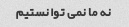
نه ما نمی توانستیم